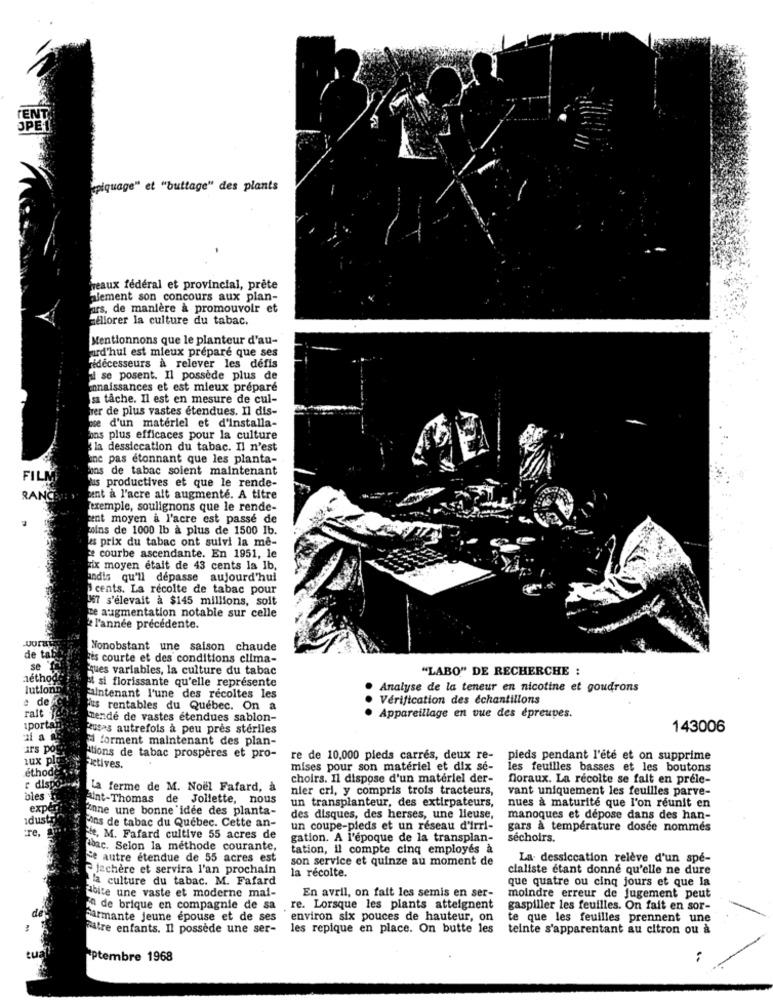
TENT
JPE
epiquage" et "buttage" des plants
meaux fédéral et provincial, prête
alement son concours aux plan-
Fars, de manière à promouvoir et
hellorer la culture du tabac.
Mentionnons que le planteur d'au-
urd'hui est mieux prepare que ses
fidécesseurs à relever les défis
al se posent. Il possède plus de
innaissances et est mieux préparé
sa tâche. Il est en mesure de cul-
her de plus vastes étendues. Il dis-
e d'un matériel et d'installa-
ons plus efficaces pour la culture
la dessiccation du tabac. Il n'est
ane pas étonnant que les planta-
ons de tabac soient maintenant
aus productives et que le rende-
ant à l'acre alt augmenté. A titre
exemple, soulignons que le rende-
ant moyen & l'acre est passé de
wins de 1000 1b a plus de 1500 1b.
es prix du tabac ont suivi la me-
courbe ascendante. En 1951, le
Fix moyen etait de 43 cents la Ib,
andis qu'il depasse aujourd'hui
cents. La récolte de tabac pour
067 s'élevait à $145 millions, soit
ze augmentation notable sur celle
l'année precedente.
Nonobstant une saison chaude
de tab
es courte et des conditions clima-
se 'f
ques variables, la culture du tabac
"LABO" DE RECHERCHE :
nethod
lutionn
at si florissante qu'elle représente
Analyse de la teneur en nicotine et goudrons
a de
alntenant l'une des récoltes les
Vérification des échantillons
fus rentables du Quebec. On a
rait ]
nende de vastes étendues sablon-
Appareillage en vue des épreuves.
iportal
Rusas autrefois à peu près stériles
143006
d forment maintenant des plan-
ars pos
lux plo
Ations de tabac prospères et pro-
re de 10,000 pieds carrés, deux re-
pieds pendant l'été et on supprime
ethode
Fictives.
mises pour son matériel et dix se-
les feuilles basses et les boutons
choirs. Il dispose d'un matériel der-
floraux. La récolte se fait en prele-
r dispo
La ferme de M. Noël Fafard, à
nier cri, y compris trois tracteurs,
vant uniquement les feuilles parve-
bles
aint-Thomas de Joliette, nous
un transplanteur, des extirpateurs,
nues a maturité que l'on réunit en
expe
Finne une bonne idee des planta-
idusty
des disques, des herses, une lieuse,
manoques et dépose dans des han-
Fre.
Fins de tabac du Québec. Cette an-
un coupe-pieds et un réseau d'irri-
gars à température dosee nommés
Fie. M. Fafard cultive 55 acres de
gation. A l'époque de la transplan-
séchoirs.
chac. Selon la methode courante,
tation, il compte cinq employés a
Se autre étendue de 55 acres est
son service et quinze au moment de
La. dessiccation relève d'un spe-
Jachere et servira l'an prochain
la récolte.
cialiste étant donné qu'elle ne dure
la culture du tabac. M. Fafard
que quatre ou cinq jours et que la
En avril, on fait les semis en ser-
Holte une vaste et moderne mai-
moindre erreur de jugement peut
in de brique en compagnie de sa
re. Lorsque les plants atteignent
gaspiller les feuilles. On fait en sor-
Farmante jeune epouse et de ses
environ six pouces de hauteur, on
te que les feuilles prennent une
Fatre enfants. Il possède une ser-
les repique en place. On butte les
teinte s'apparentant au citron ou à
ptembre 1968